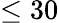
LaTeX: \le 30